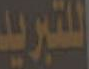
اللتبريد